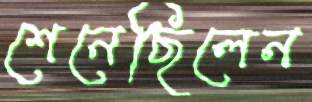
শেনেছিলেন